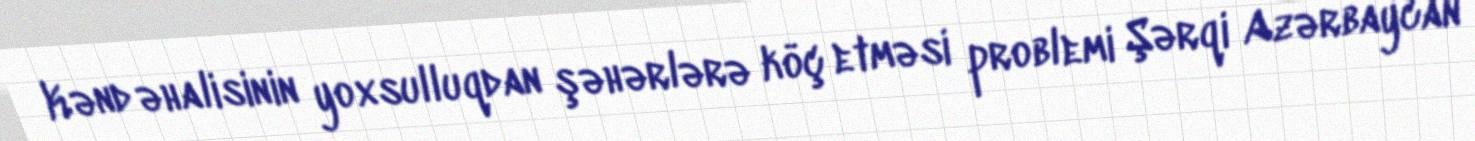
Kənd əhalisinin yoxsulluqdan şəhərlərə köç etməsi problemi Şərqi Azərbaycan